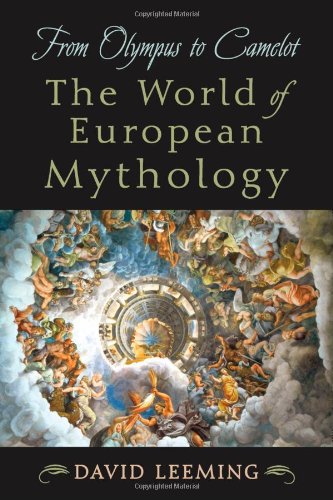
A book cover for From Olympus to Camelot: The World of European Mythology; David Leeming; Literature & Fiction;